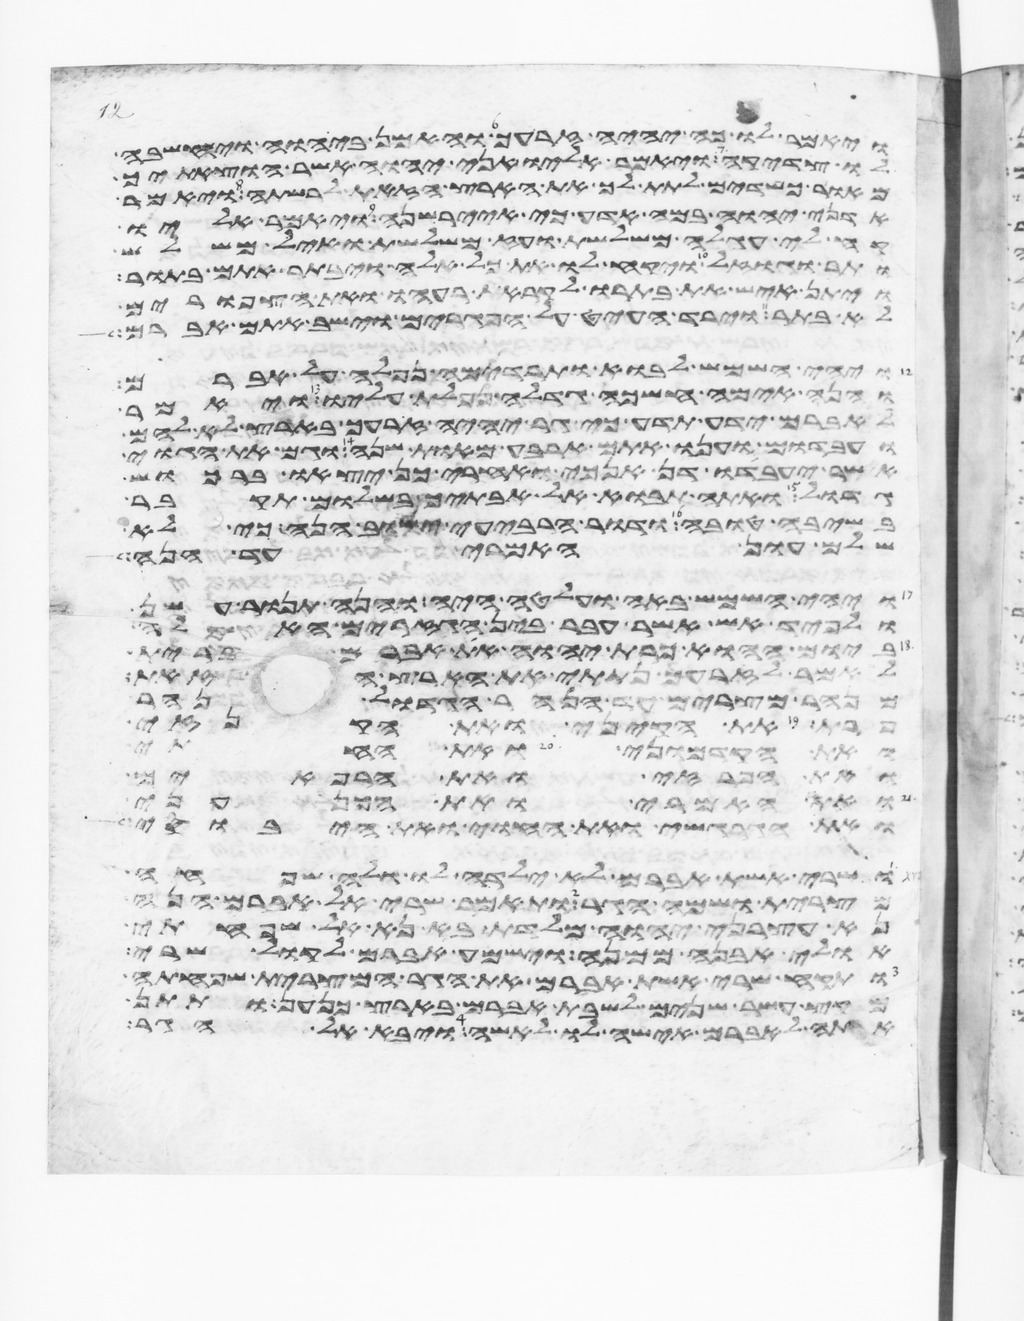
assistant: ויאמר לו כה יהיה זרעך והאמן ביהוה ויחשבה
לו צדקה ויאמר אליו אני יהוה אשר הוצאתיך
מאור כשדים לתת לך את הארץ הזאת לרשתה ויאמר
אדני יהוה במה אדע כי איירשנה ויאמר אליו
קח לי עגלה משלשת ועז משלשת ואיל משלש
ותר וגוזל ויקח לו את כל אלה ויבתר אתם בתור
ויתן איש את בתרו לקראת רעהו ואת הצפורים
לא בתר וירד העיט על הפגרים וישב אתם אברם
ויהי השמש לבוא ותרדמה נפלה על אברם
והנה אימה חשכה גדלה נפלת עליו ויאמר
לאברם ידע תדע כי גר יהיה זרעך בארץ לא להם
ועבדום וענו אתם ארבע מאות שנה וגם את הגוי
אשר יעבדו דן אנכי ואחרי כן יצאו ברכוש
גדול ואתה תבוא אל אבתיך בשלום תקבר
בשיבה טובה ודור הרביעי ישוב הנה כי לא
שלם עון האמרי עד הנה
ויהי השמש באה ועלטה היה והנה תנור עשן
ולפיד אש אשר עבר בין הגזרים האלה
ביום ההוא כרת יהוה את אברם ברית
לאמר לזרעך נתתי את הארץ הזאת
מנהר מצרים עד הנהר הגדול נהר
פרת את הקיני ואת הקנזי
ואת הקדמוני ואת החתי
ואת הפרזי ואת הרפאים
ואת האמרי ואת הכנעני
ואת הגרגשי ואת החוי ואת היבוסי
ושרי אשת אברם לא ילדה לו ולה שפחה
מצרית ושמה הגר ותאמר שרי אל אברם הנה
נא עצרני יהוה מלדת בא נא אל שפחתי
אולי אבנה ממנה וישמע אברם לקול שרי
ותקח שרי אשת אברם את הגר המצרית שפחתה
מקץ עשר שנים לשבת אברם בארץ כנען ותתן
אתה לאברם אישה לו לאשה ויבא אל הגר